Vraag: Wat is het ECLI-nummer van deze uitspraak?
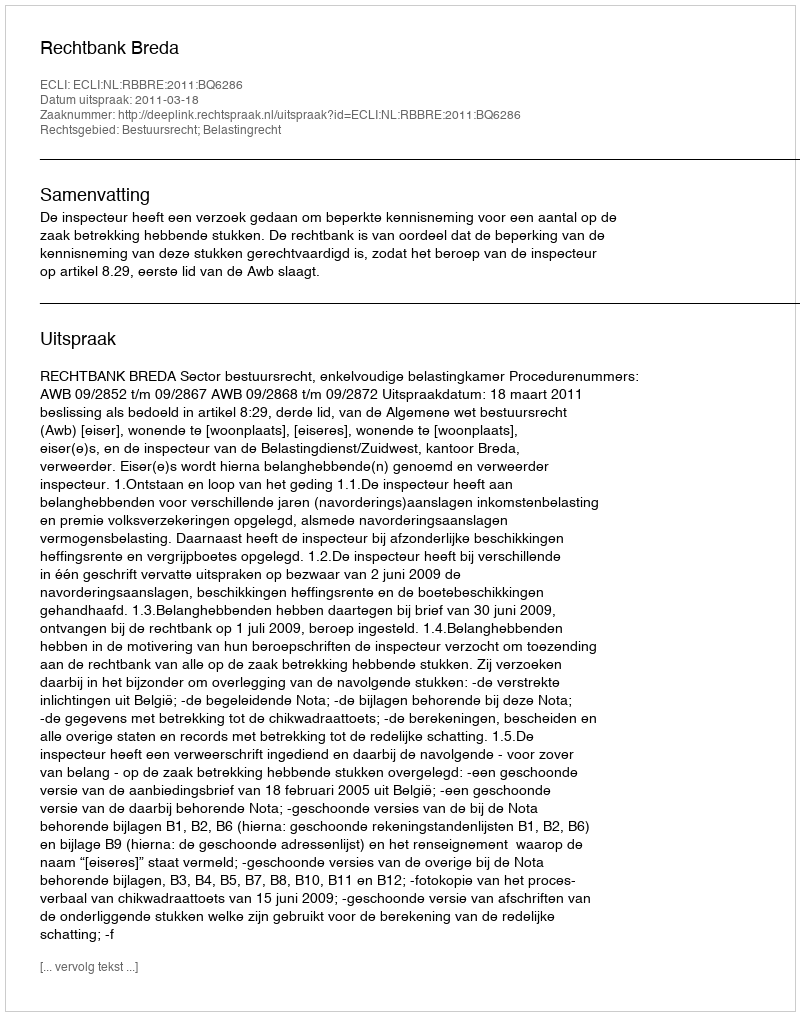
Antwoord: ECLI:NL:RBBRE:2011:BQ6286